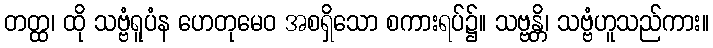
တတ္ထ၊ ထို သဗ္ဗံရူပံန ဟေတုမေဝ အစရှိသော စကားရပ်၌။ သဗ္ဗန္တိ၊ သဗ္ဗံဟူသည်ကား။